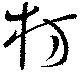
枋